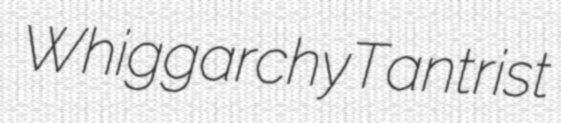
Whiggarchy Tantrist